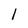
Character: l